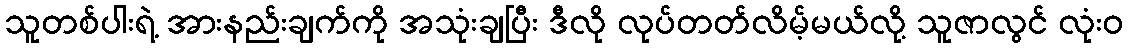
သူတစ်ပါးရဲ့ အားနည်းချက်ကို အသုံးချပြီး ဒီလို လုပ်တတ်လိမ့်မယ်လို့ သူဇာလွင် လုံးဝ